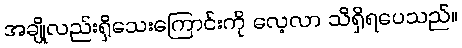
အချို့လည်းရှိသေးကြောင်းကို လေ့လာ သိရှိရပေသည်။